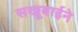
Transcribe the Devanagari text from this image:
सखूबाईने